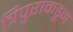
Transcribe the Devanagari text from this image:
त्रिपुराकडून